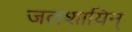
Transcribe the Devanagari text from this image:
जलशायिन्